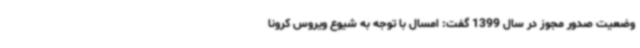
وضعیت صدور مجوز در سال 1399 گفت: امسال با توجه به شیوع ویروس کرونا